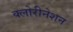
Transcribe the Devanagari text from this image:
क्लोरीनेशन